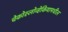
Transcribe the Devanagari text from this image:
चेकोस्लोव्हेकियामधील